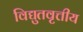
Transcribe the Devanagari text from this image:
विद्युतवृत्तीय